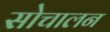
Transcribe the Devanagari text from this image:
सोचालन